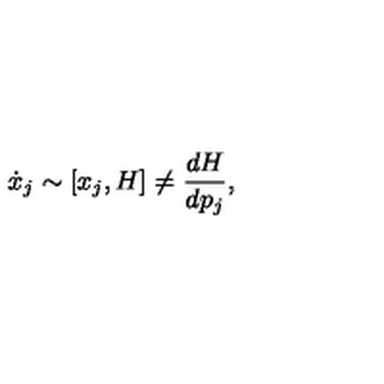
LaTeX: { \dot { x } _ { j } } \sim [ x _ { j } , H ] \neq { \frac { d H } { d p _ { j } } } ,